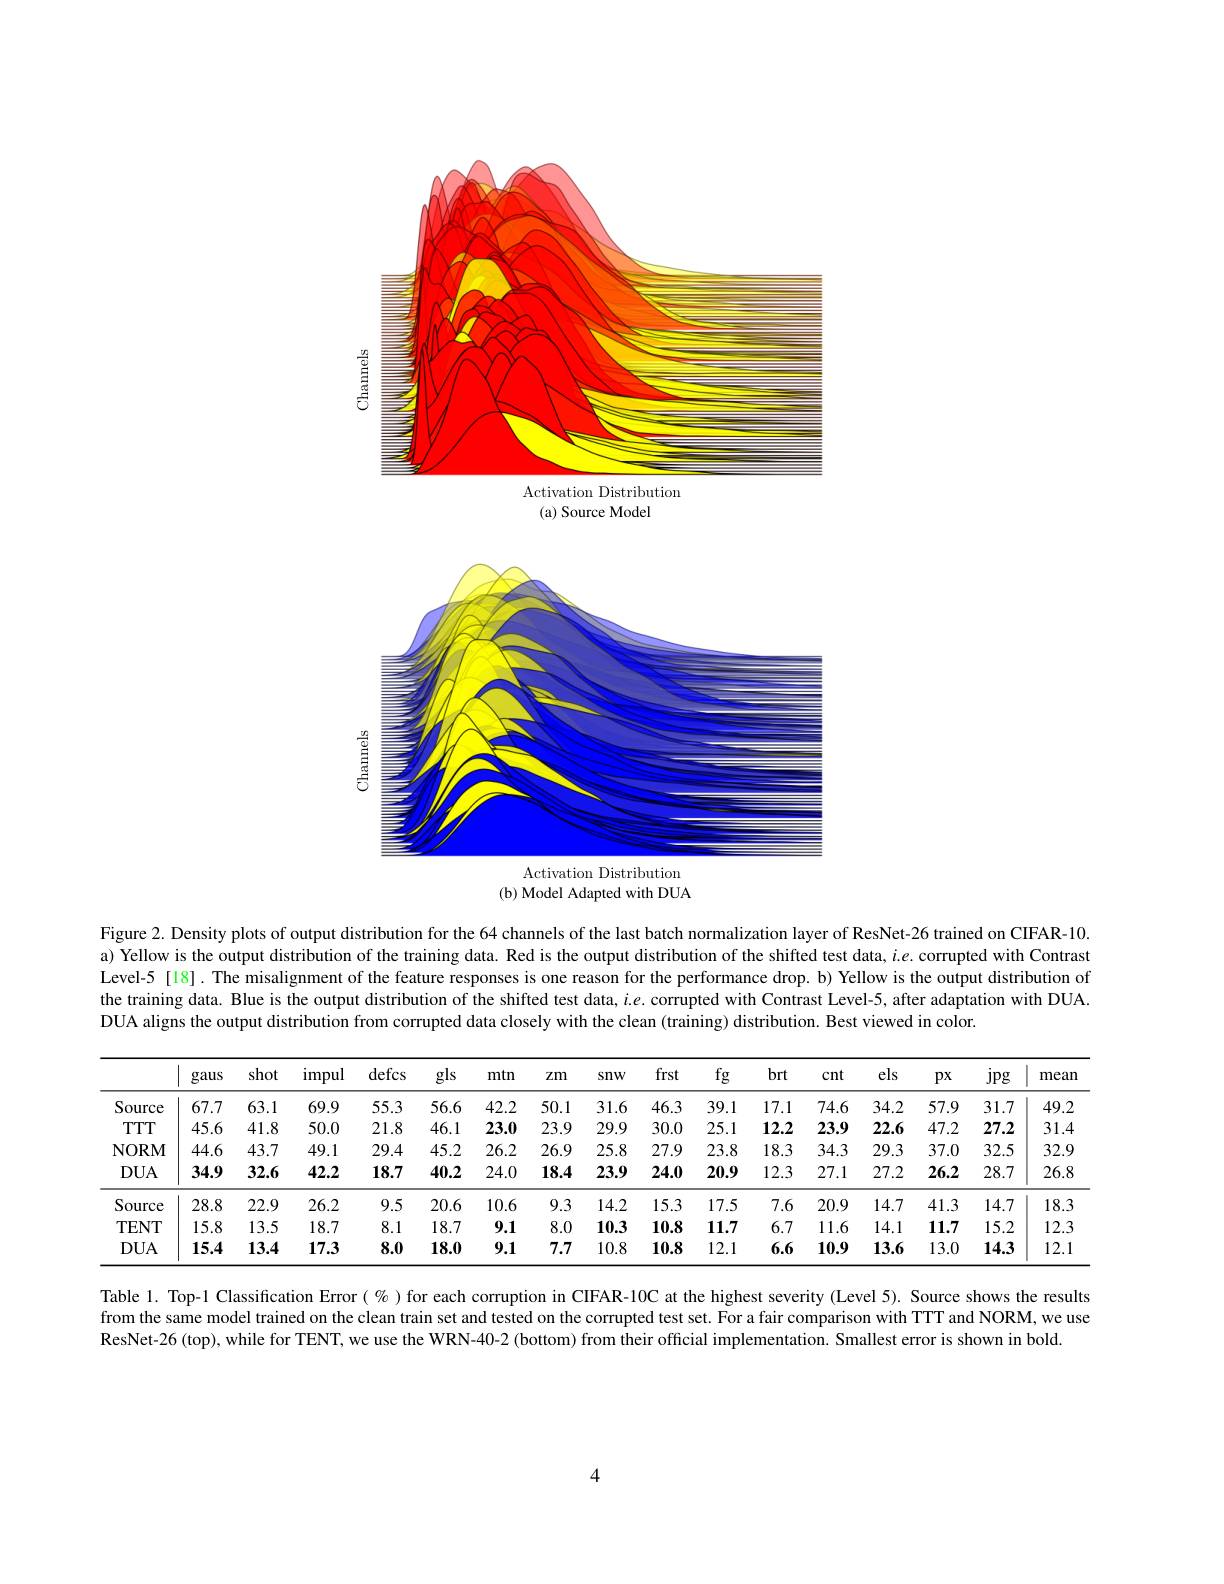
<FigureHere>
(b) Model Adapted with DUA

Figure 2. Density plots of output distribution for the 64 channels of the last batch normalization layer of ResNet-26 trained on CIFAR-10. a) Yellow is the output distribution of the training data. Red is the output distribution of the shifted test data, $i.e.$ corrupted with Contrast Level-5[18]. The misalignment of the feature responses is one reason for the performance drop. b) Yellow is the output distribution of the training data. Blue is the output distribution of the shifted test data, $i.e.$ corrupted with Contrast Level-5, after adaptation with DUA. DUA aligns the output distribution from corrupted data closely with the clean (training) distribution. Best viewed in color.

<table>
	<tbody>
		<tr>
			<th> </th>
			<th>gaus</th>
			<th>shot</th>
			<th>impul</th>
			<th>defcs</th>
			<th>gls</th>
			<th>mtn</th>
			<th>$Zm$</th>
			<th>snw</th>
			<th>frst</th>
			<th>$fg$</th>
			<th>brt</th>
			<th>cnt</th>
			<th>els</th>
			<th>$px$</th>
			<th>jpg</th>
			<th>mean</th>
		</tr>
		<tr>
			<td>Source</td>
			<td>67.7</td>
			<td>63.1</td>
			<td>69.9</td>
			<td>55.3</td>
			<td>56.6</td>
			<td>42.2</td>
			<td>50.1</td>
			<td>31.6</td>
			<td>46.3</td>
			<td>39.1</td>
			<td>17.1</td>
			<td>74.6</td>
			<td>34.2</td>
			<td>57.9</td>
			<td>31.7</td>
			<td>49.2</td>
		</tr>
		<tr>
			<td>$TTTT$</td>
			<td>45.6</td>
			<td>41.8</td>
			<td>50.0</td>
			<td>21.8</td>
			<td>46.1</td>
			<td>23.0</td>
			<td>23.9</td>
			<td>29.9</td>
			<td>30.0</td>
			<td>25.1</td>
			<td>12.2</td>
			<td>23.9</td>
			<td>22.6</td>
			<td>47.2</td>
			<td>27.2</td>
			<td>31.4</td>
		</tr>
		<tr>
			<td>NORM</td>
			<td>44.6</td>
			<td>43.7</td>
			<td>49.1</td>
			<td>29.4</td>
			<td>45.2</td>
			<td>26.2</td>
			<td>26.9</td>
			<td>25.8</td>
			<td>27.9</td>
			<td>23.8</td>
			<td>18.3</td>
			<td>34.3</td>
			<td>29.3</td>
			<td>37.0</td>
			<td>32.5</td>
			<td>32.9</td>
		</tr>
		<tr>
			<td>$DUA$</td>
			<td>34.9</td>
			<td>32.6</td>
			<td>42.2</td>
			<td>18.7</td>
			<td>40.2</td>
			<td>24.0</td>
			<td>18.4</td>
			<td>23.9</td>
			<td>24.0</td>
			<td>20.9</td>
			<td>12.3</td>
			<td>27.1</td>
			<td>27.2</td>
			<td>26.2</td>
			<td>28.7</td>
			<td>26.8</td>
		</tr>
		<tr>
			<td>Source</td>
			<td>28.8</td>
			<td>22.9</td>
			<td>26.2</td>
			<td>9.5</td>
			<td>20.6</td>
			<td>10.6</td>
			<td>9.3</td>
			<td>14.2</td>
			<td>15.3</td>
			<td>17.5</td>
			<td>7.6</td>
			<td>20.9</td>
			<td>14.7</td>
			<td>41.3</td>
			<td>14.7</td>
			<td>18.3</td>
		</tr>
		<tr>
			<td>TENT</td>
			<td>15.8</td>
			<td>13.5</td>
			<td>18.7</td>
			<td>8.1</td>
			<td>18.7</td>
			<td>9.1</td>
			<td>8.0</td>
			<td>10.3</td>
			<td>10.8</td>
			<td>11.7</td>
			<td>6.7</td>
			<td>11.6</td>
			<td>14.1</td>
			<td>11.7</td>
			<td>15.2</td>
			<td>12.3</td>
		</tr>
		<tr>
			<td>$DUA$</td>
			<td>15.4</td>
			<td>13.4</td>
			<td>17.3</td>
			<td>8.0</td>
			<td>18.0</td>
			<td>9.1</td>
			<td>7.7</td>
			<td>10.8</td>
			<td>10.8</td>
			<td>12.1</td>
			<td>6.6</td>
			<td>10.9</td>
			<td>13.6</td>
			<td>13.0</td>
			<td>14.3</td>
			<td>12.1</td>
		</tr>
	</tbody>
</table>

Table 1. Top-1 Classification Error( $\%$ )for each corruption in CIFAR-10C at the highest severity (Level 5). Source shows the results from the same model trained on the clean train set and tested on the corrupted test set. For a fair comparison with TTT and NORM, we use ResNet-26 (top), while for TENT, we use the WRN-40-2 (bottom) from their official implementation. Smallest error is shown in bold.

4